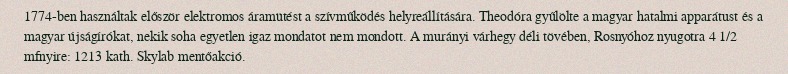
1774-ben használtak először elektromos áramütést a szívműködés helyreállítására. Theodóra gyűlölte a magyar hatalmi apparátust és a magyar újságírókat, nekik soha egyetlen igaz mondatot nem mondott. A murányi várhegy déli tövében, Rosnyóhoz nyugotra 4 1/2 mfnyire: 1213 kath. Skylab mentőakció.